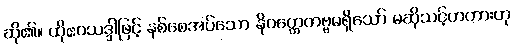
ဆို၏။ ထိုဧဝသဒ္ဒါဖြင့် နစ်စေအပ်သော နိဝတ္တေတဗ္ဗမရှိသော် မဆိုသင့်တကားဟု